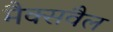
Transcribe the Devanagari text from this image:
मैक्सवैल